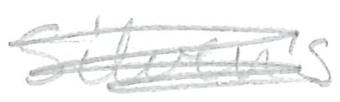
Text: Sliven's
Cross-out: scratch
Writing tool: pencil